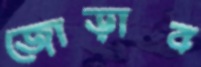
জোড়াব